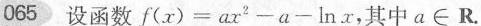
065设函数$$f(x)=ax^{2}-a-\ln x$$，其中$$a\in R$$。